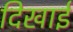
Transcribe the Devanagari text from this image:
दिखार्इ